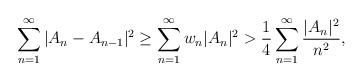
LaTeX: \begin{align*}{}\displaystyle\sum_{n=1}^{\infty}| A_n-A_{n-1}|^{2}&\geq\displaystyle\sum_{n=1}^{\infty} w_n|A_n|^{2}>\frac{1}{4}\displaystyle\sum_{n=1}^{\infty} \frac{|A_n|^{2}}{n^{2}},\end{align*}